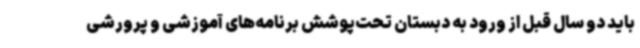
باید دو سال قبل از ورود به دبستان تحت‌پوشش برنامه‌های آموزشی و پرورشی